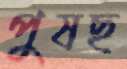
পুষছ